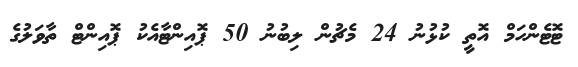
ޓޮޓެންހަމް އޮތީ ކުޅުނު 24 މެޗުން ލިބުނު 50 ޕޮއިންޓާއެކު ޕޮއިންޓް ތާވަލުގެ